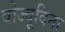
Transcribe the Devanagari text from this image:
वोज्वूदिना